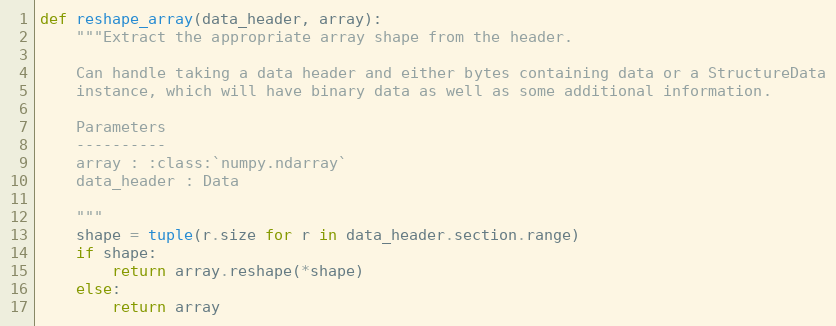
Language: Python
def reshape_array(data_header, array):
    """Extract the appropriate array shape from the header.

    Can handle taking a data header and either bytes containing data or a StructureData
    instance, which will have binary data as well as some additional information.

    Parameters
    ----------
    array : :class:`numpy.ndarray`
    data_header : Data

    """
    shape = tuple(r.size for r in data_header.section.range)
    if shape:
        return array.reshape(*shape)
    else:
        return array